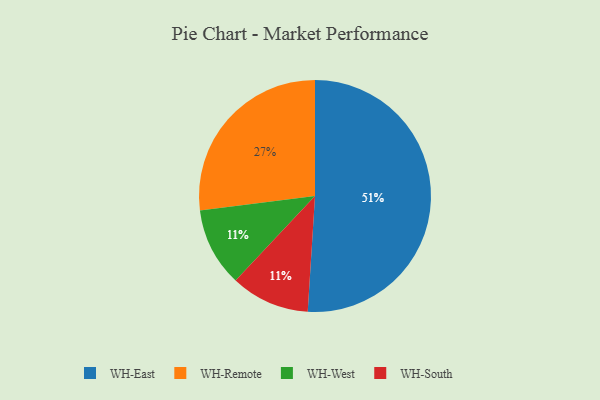
{"axis": {"x": "Category", "y": "Percentage"}, "legend": ["WH-East", "WH-Remote", "WH-South", "WH-West"], "data": [{"x": "WH-East", "y": 51, "type": "WH-East"}, {"x": "WH-West", "y": 11, "type": "WH-West"}, {"x": "WH-Remote", "y": 27, "type": "WH-Remote"}, {"x": "WH-South", "y": 11, "type": "WH-South"}]}